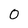
Character: 0